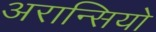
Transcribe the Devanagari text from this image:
अरान्सियो